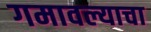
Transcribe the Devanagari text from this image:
गमावल्याचा